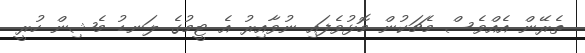
ތެރޭން އެއްވެސް މެޗަކުން މޮޅުވެފައި ނުވާއިރު އެ ޓީމުގެ ލަނޑު މެޝިން ހުރީ